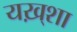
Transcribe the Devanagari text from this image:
यख़्शा